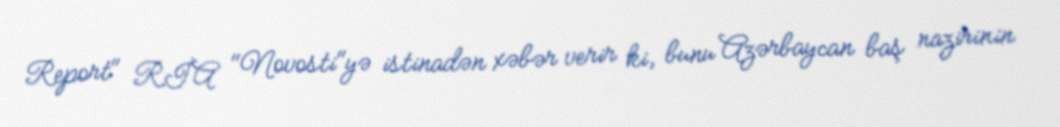
Report" RİA "Novosti"yə istinadən xəbər verir ki, bunu Azərbaycan baş nazirinin